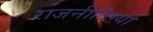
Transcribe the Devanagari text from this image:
राजनीतिग्यों